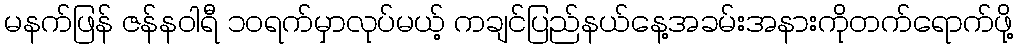
မနက်ဖြန် ဇန်နဝါရီ ၁၀ရက်မှာလုပ်မယ့် ကချင်ပြည်နယ်နေ့အခမ်းအနားကိုတက်ရောက်ဖို့